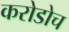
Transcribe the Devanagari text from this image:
करोडोच